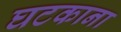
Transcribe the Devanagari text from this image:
घटकाना